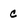
Character: c